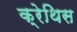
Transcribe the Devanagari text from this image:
क्रेथिस